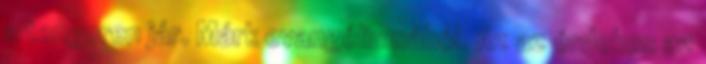
a tengeren jár. Márk evangéliumából. Az az érdekes az